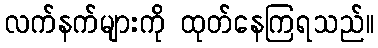
လက်နက်များကို ထုတ်နေကြရသည်။